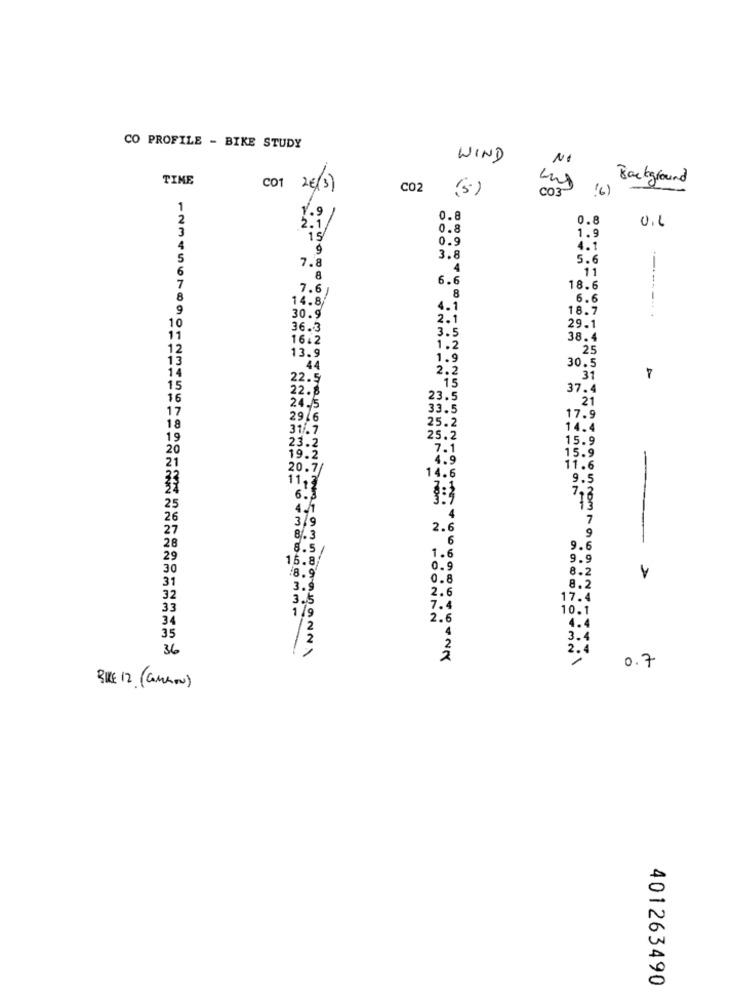
CO PROFILE - BIKE STUDY
WIND
NO
TIME
Background
CO1 2€(3)
C02
(5)
CO3
(6)
1.9
0.8
0.8
0
U.L
2.1
91
0.8
is
0.9
1.9
4.1
3.8
03
5.6
7.8
00 00
4
11
8
6.6
1234567
7.6
18.6
1
8
14.8/
8
6.6
9
4.1
18.7
30.9
2.1
10
36.3
3.5
29.1
11
1642
38.4
12
1.2
25
13
13.9
1.9
30.5
w. w.
4
14
44
2.2
15
15
16
23.5
17
NNTO
33.5
im
25.2
17.9
18
31/.7
NO
14.4
19
23.2
25.2
15.9
20
15.9
19.2
4.9
-
21
20.7/
14.6
11.6
11,3
9.5
6.3
718
25
4.1
26
4
7
27
2.€
9
6
---
28
9.6
29
15.8/
1.6
9.9
30
INNOUTai
0.9
8.2
31
caminoa
0.8
2.6
8.2
32
17.4
33
7.4
10.1
34
2.6
4.
35
3.4
36
2.4
0.7
BIKE 12 (Canhow)
401263490